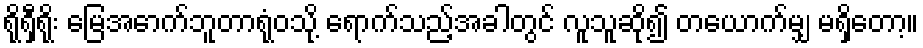
ရိုရှီရိုး မြေအောက်ဘူတာရုံဝသို့ ရောက်သည့်အခါတွင် လူသူဆို၍ တယောက်မျှ မရှိတော့။